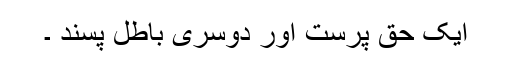
ایک حق پرست اور دوسری باطل پسند ۔